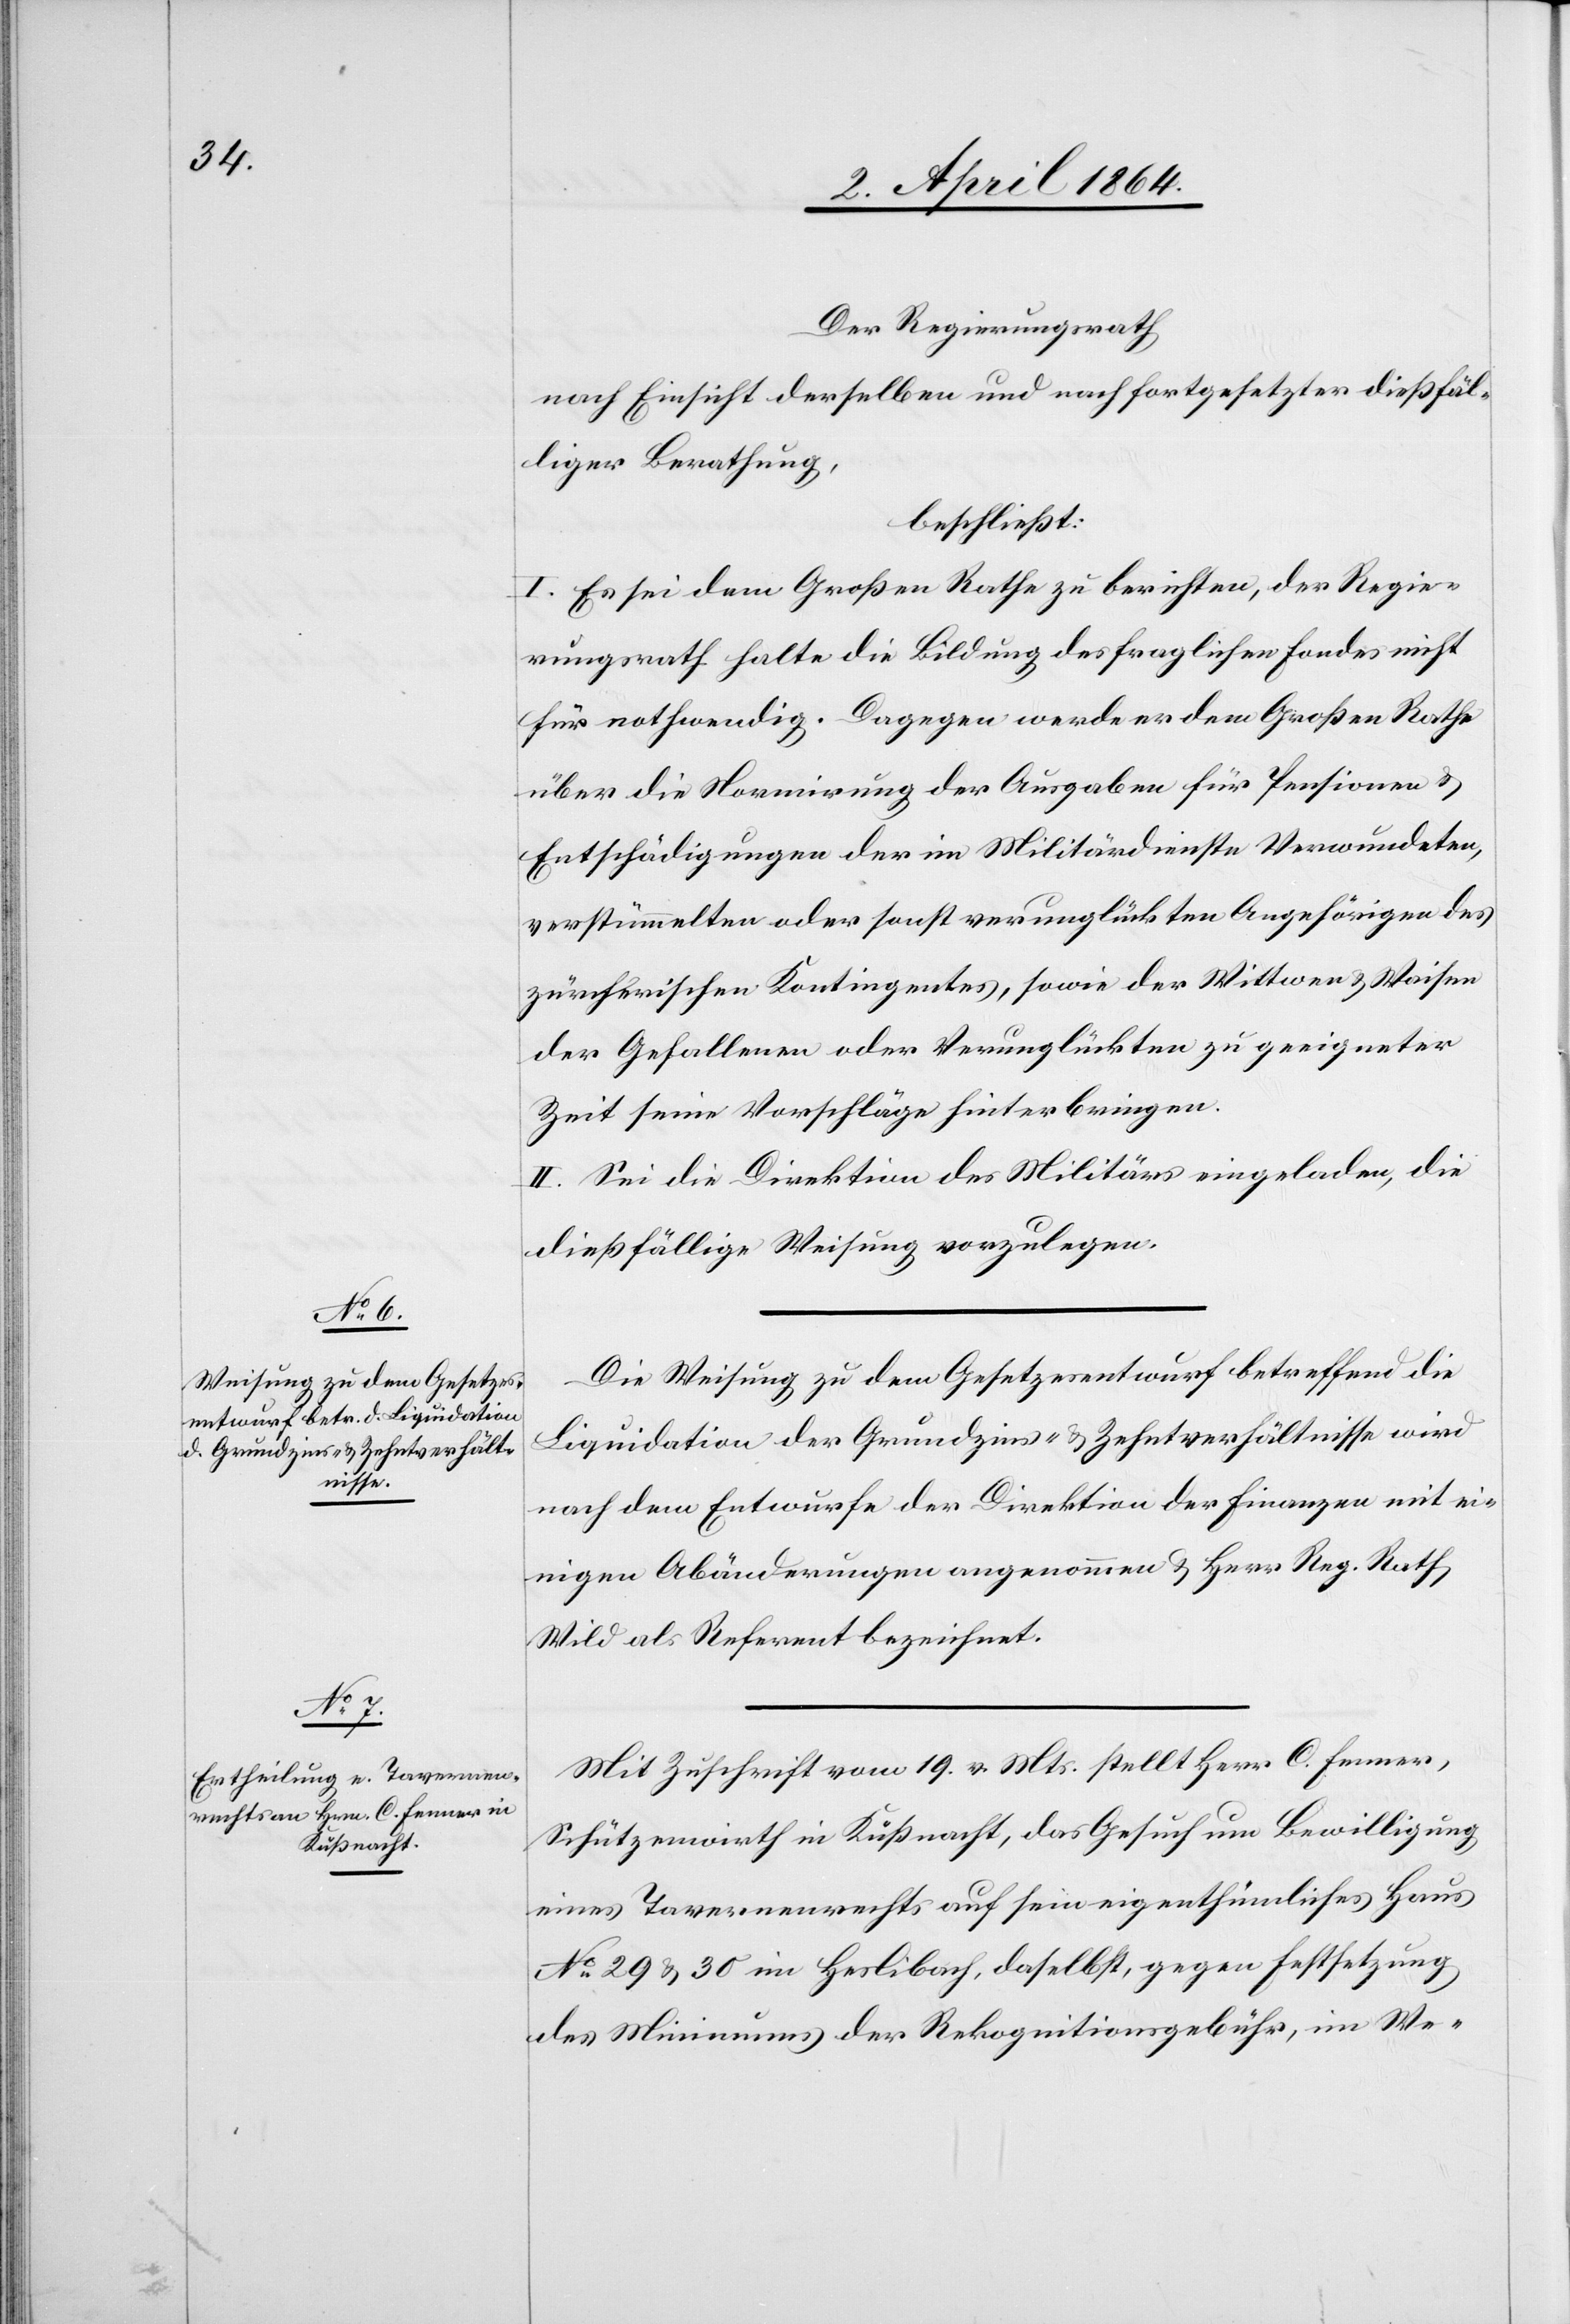
Der Regierungsrath
nach Einsicht derselben [sic!] und nach fortgesetzter dießfäl¬
liger Berathung,
beschließt:
I. Es sei dem Großen Rathe zu berichten, der Regie¬
rungsrath halte die Bildung des fraglichen Fondes nicht
für nothwendig. Dagegen werde er dem Großen Rathe
über die Normirung der Ausgaben für Pensionen u.
Entschädigungen der im Militärdienste Verwundeten,
verstümmelten oder sonst verunglückten Angehörigen des
zürcherischen Kontingentes, sowie der Wittwen u. Waisen
der Gefallenen oder Verunglückten zu geeigneter
Zeit seine Vorschläge hinterbringen.
II. Sei die Direktion des Militärs eingeladen, die
dießfällige Weisung vorzulegen.
Die Weisung zu dem Gesetzesentwurf betreffend die
Liquidation der Grundzins- u. Zehntverhältnisse wird
nach dem Entwurfe der Direktion der Finanzen mit ei¬
nigen Abänderungen angenommen u. Herr Reg. Rath
Wild als Referent bezeichnet.
Mit Zuschrift vom 19. v. Mts. stellt Herr C. Fenner,
Schützenwirth in Küßnacht, das Gesuch um Bewilligung
eines Tavernenrechts auf sein eigenthümliches Haus
No 29 u. 30 im Haslibach, daselbst, gegen Festsetzung
des Minimums der Rekognitionsgebühr, im We-